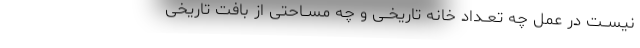
نیســت در عمل چه تعــداد خانه تاریخــی و چه مســاحتی از بافت تاریخی